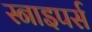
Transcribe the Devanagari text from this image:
स्नाइपर्स